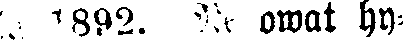
lä 1892. Ne owat hy-